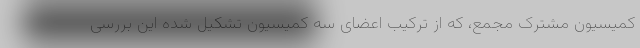
کمیسیون مشترک مجمع، که از ترکیب اعضای سه کمیسیون تشکیل شده این بررسی